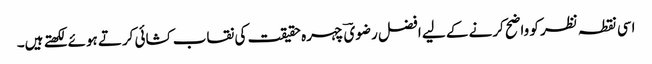
اسی نقطہ نظر کو واضح کرنے کے لیے افضل رضویؔ چہرہ حقیقت کی نقاب کشائی کرتے ہوئے لکھتے ہیں۔